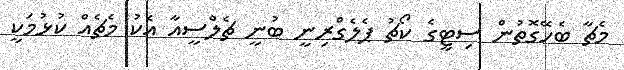
މެޗާ ބެހޭގޮތުން ސިޓީގެ ކޯޗު ޕެލެގްރިނީ ބުނީ ޗެލްސީއާ އެކު މެޗެއް ކުޅުމަކީ